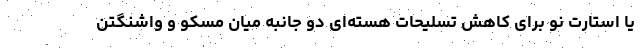
یا استارت نو برای کاهش تسلیحات هسته‌ای دو جانبه میان مسکو و واشنگتن